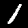
Digit: 1